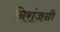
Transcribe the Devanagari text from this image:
निरांजनी